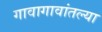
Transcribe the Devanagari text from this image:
गावागावांतल्या